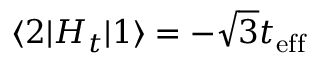
\langle 2 | H _ { t } | 1 \rangle = - \sqrt { 3 } t _ { \mathrm { e f f } }